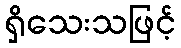
ရှိသေးသဖြင့်